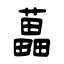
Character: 藟